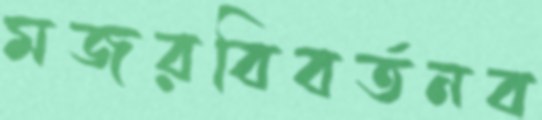
মজরবিবর্তনব